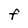
Character: f